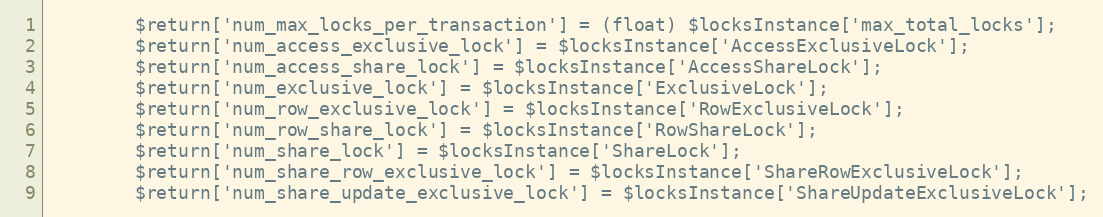
Language: PHP
        $return['num_max_locks_per_transaction'] = (float) $locksInstance['max_total_locks'];
        $return['num_access_exclusive_lock'] = $locksInstance['AccessExclusiveLock'];
        $return['num_access_share_lock'] = $locksInstance['AccessShareLock'];
        $return['num_exclusive_lock'] = $locksInstance['ExclusiveLock'];
        $return['num_row_exclusive_lock'] = $locksInstance['RowExclusiveLock'];
        $return['num_row_share_lock'] = $locksInstance['RowShareLock'];
        $return['num_share_lock'] = $locksInstance['ShareLock'];
        $return['num_share_row_exclusive_lock'] = $locksInstance['ShareRowExclusiveLock'];
        $return['num_share_update_exclusive_lock'] = $locksInstance['ShareUpdateExclusiveLock'];